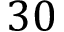
3 0